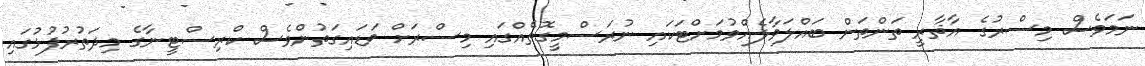
ނަމަވެސް މިސްރުގެ އާޘާރީ ތަންތަން ބައްލަވާލެއްވުމަށްޓަކައި ނުރަސްމީގޮތެއްގައި މިސްރަށް ވަޑައިގަތުންވެސް ކްރިސްޓީނާގެ މިދަތުރުފުޅުގައި